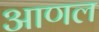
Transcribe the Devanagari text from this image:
आणल